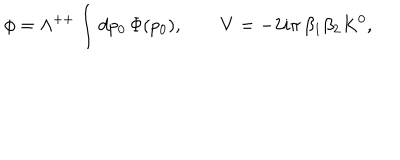
LaTeX: \phi = \Lambda ^ { + + } \int d p _ { 0 } \, \Phi ( p _ { 0 } ) , \qquad V = - 2 i \pi \, \beta _ { 1 } \beta _ { 2 } K ^ { 0 } ,